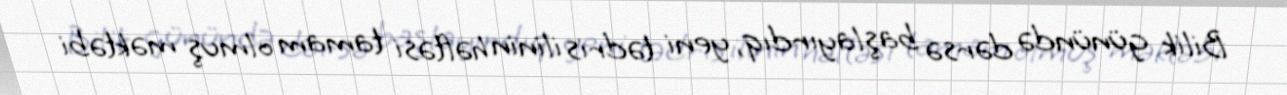
Bilik günündə dərsə başlayırdıq, yeni tədris ilinin həftəsi tamam olmuş məktəbi